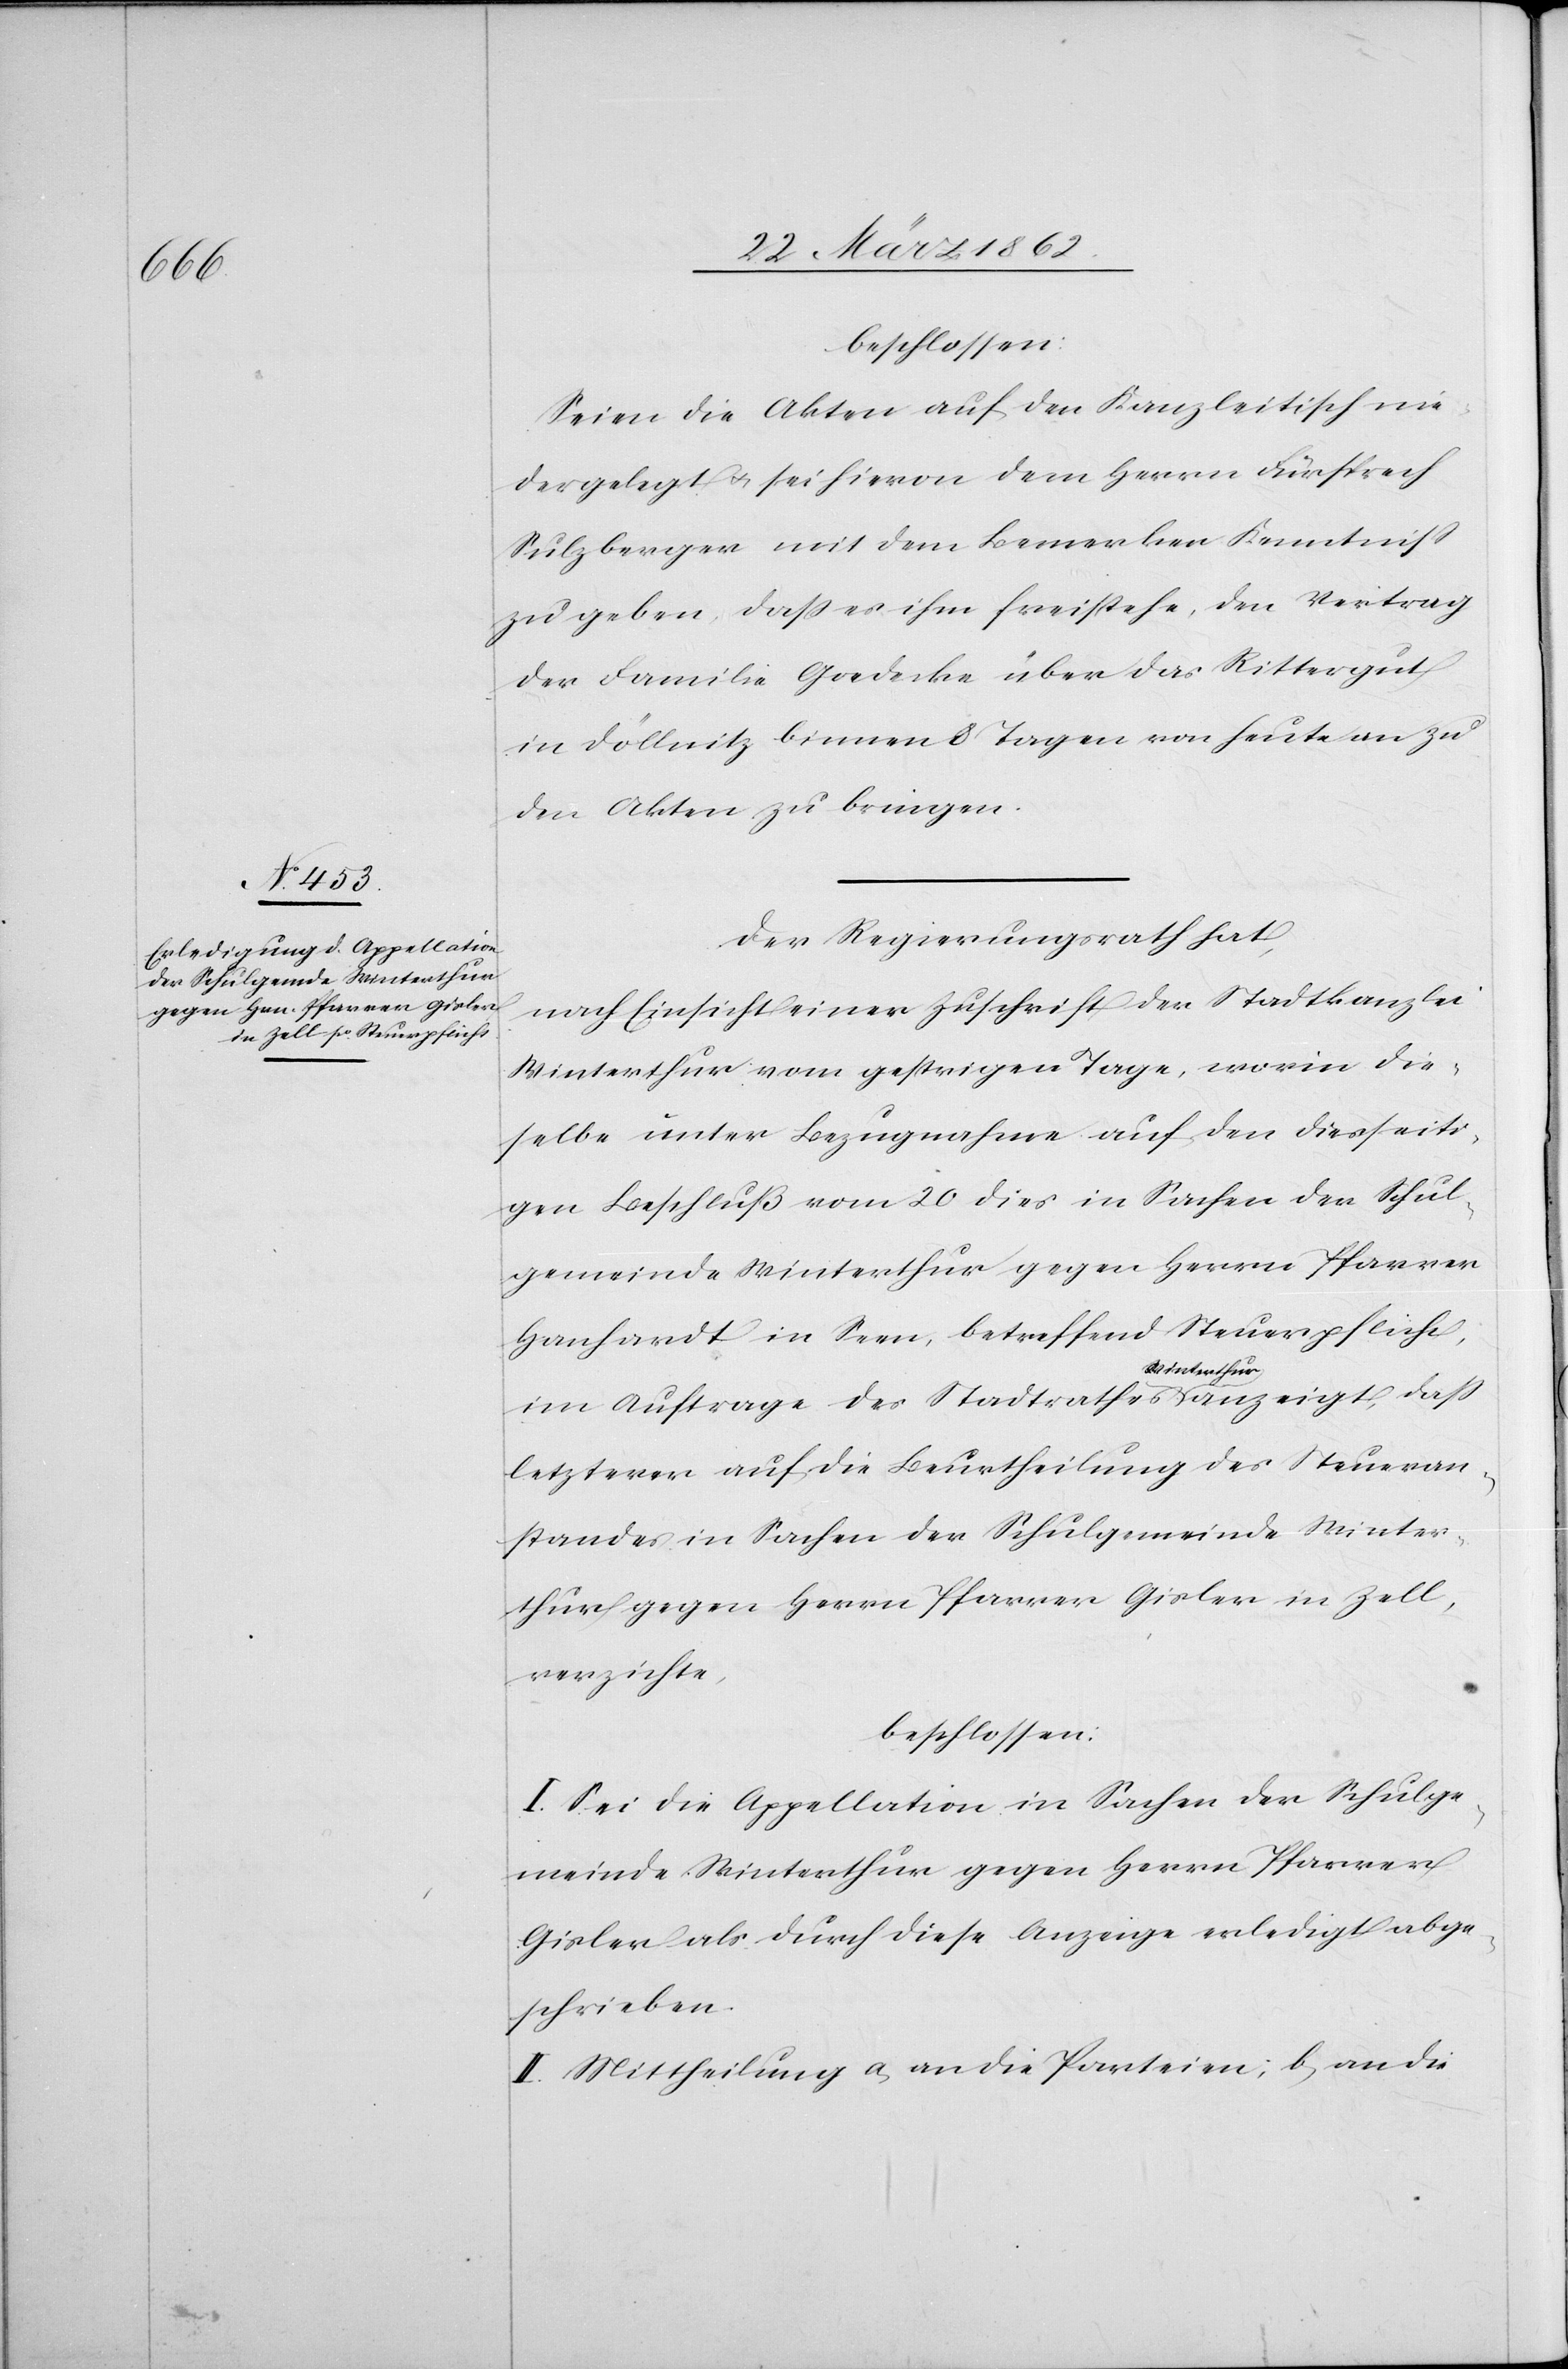
beschlossen:
Seien die Akten auf den Kanzleitisch nie¬
dergelegt u. sei hievon dem Herrn Fürsprech
Sulzberger mit dem Bemerken Kenntniß
zu geben, daß es ihm freistehe, den Vertrag
der Familie Goedecke über das Rittergut
in Döllnitz binnen 8 Tagen von heute an zu
den Akten zu bringen.
Der Regierungsrath hat,
nach Einsicht einer Zuschrift der Stadtkanzlei
Winterthur vom gestrigen Tage, worin die¬
selbe unter Bezugnahme auf den diesseiti¬
gen Beschluß vom 20 dies in Sachen der Schul¬
gemeinde Winterthur gegen Herrn Pfarrer
Hanhardt in Seen, betreffend Steuerpflicht,
im Auftrage des Stadtrathes a-Winterthur-a anzeigt, daß
letzterer auf die Beurtheilung des Steueran¬
standes in Sachen der Schulgemeinde Winter¬
thur gegen Herrn Pfarrer Gisler in Zell
verzichte,
beschlossen:
I. Sei die Appellation in Sachen der Schulge¬
meinde Winterthur gegen Herrn Pfarrer
Gisler als durch diese Anzeige erledigt abge¬
schrieben.
II. Mittheilung a) an die Parteien; b) an die